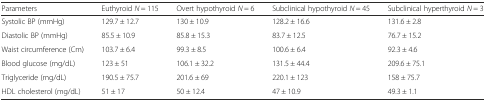
| Parameters | Euthyroid N = 115 | Overt hypothyroid N = 6 | Subclinical hypothyroid N = 45 | Subclinical hyperthyroid N = 3 |
 | --- | --- | --- | --- | --- |
 | Systolic BP (mmHg) | 129.7 ± 12.7 | 130 ± 10.9 | 128.2 ± 16.6 | 131.6 ± 2.8 |
 | Diastolic BP (mmHg) | 85.5 ± 10.9 | 85.8 ± 15.3 | 83.7 ± 12.5 | 76.7 ± 15.2 |
 | Waist circumference (Cm) | 103.7 ± 6.4 | 99.3 ± 8.5 | 100.6 ± 6.4 | 92.3 ± 4.6 |
 | Blood glucose (mg/dL) | 123 ± 51 | 106.1 ± 32.2 | 131.5 ± 44.4 | 209.6 ± 75.1 |
 | Triglyceride (mg/dL) | 190.5 ± 75.7 | 201.6 ± 69 | 220.1 ± 123 | 158 ± 75.7 |
 | HDL cholesterol (mg/dL) | 51 ± 17 | 50 ± 12.4 | 47 ± 10.9 | 49.3 ± 1.1 |